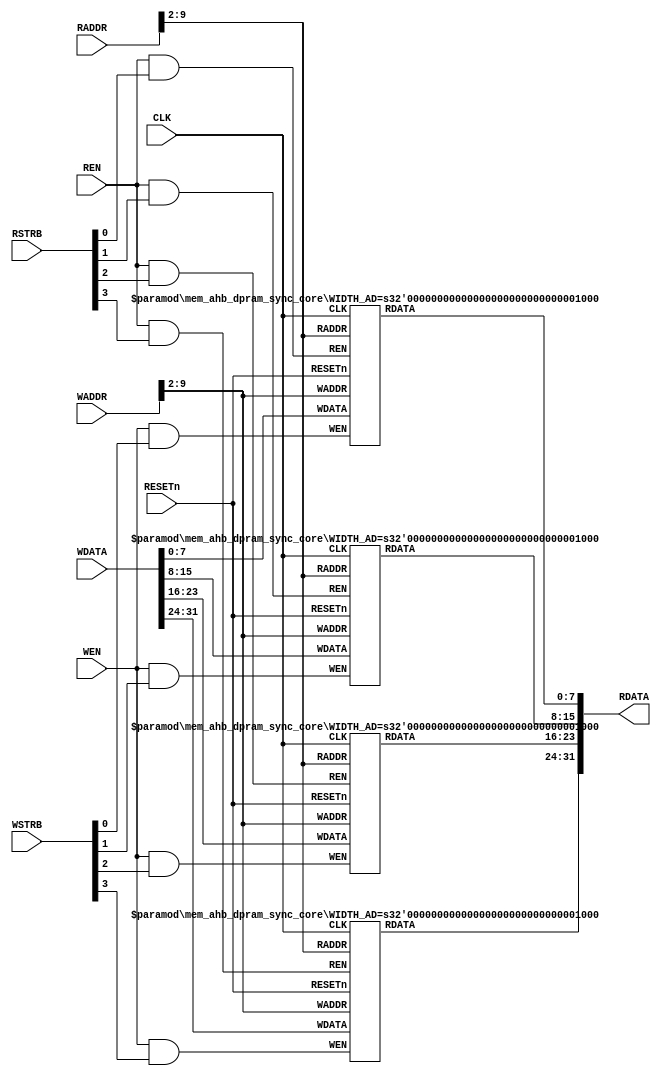
//--------------------------------------------------------
// Copyright (c) 2022 by Future Design Systems Inc.
// All right reserved.
//
// http://www.future-ds.com
//--------------------------------------------------------
// mem_ahb_dpram_sync.v
//--------------------------------------------------------
// VERSION = 2022.08.20.
//--------------------------------------------------------
// Simple Dual-Port RAM
//  - one port for write
//  - one port for read
//--------------------------------------------------------
// Macros and parameters:
//--------------------------------------------------------
// size of memory in byte: 1<<WIDTH_AD
// requires: 'WIDTH_DS' 8-bit BRAM of depth 1<<(ADDR_LENGTH-WIDTH_DSB)
//----------------------------------------------------------------

module mem_ahb_dpram_sync
     #(parameter WIDTH_AD =10 // width of address
               , WIDTH_DA =32 // width of a line in bytes
               , WIDTH_DS =(WIDTH_DA/8) // width of a line in bytes
               , WIDTH_DSB=$clog2(WIDTH_DS)
               )
(
        input  wire                RESETn
      , input  wire                CLK
      , input  wire [WIDTH_AD-1:0] WADDR
      , input  wire [WIDTH_DA-1:0] WDATA
      , input  wire [WIDTH_DS-1:0] WSTRB
      , input  wire                WEN
      , input  wire [WIDTH_AD-1:0] RADDR
      , output wire [WIDTH_DA-1:0] RDATA
      , input  wire [WIDTH_DS-1:0] RSTRB
      , input  wire                REN
);
    //----------------------------------------------------
    localparam DEPTH_BIT=(WIDTH_AD-WIDTH_DSB);
    localparam DEPTH=(1<<DEPTH_BIT);
    //----------------------------------------------------
    generate
    genvar bs;
    for (bs=0; bs<WIDTH_DS; bs=bs+1) begin: mem_core
        mem_ahb_dpram_sync_core #(.WIDTH_AD(WIDTH_AD-WIDTH_DSB))
        u_dpram_sync_core (
              .RESETn (RESETn             )
            , .CLK    (CLK                )
            , .WADDR  (WADDR[WIDTH_AD-1:WIDTH_DSB])
            , .WDATA  (WDATA[8*bs+7:8*bs] )
            , .WEN    (WEN&WSTRB[bs]      )
            , .RADDR  (RADDR[WIDTH_AD-1:WIDTH_DSB])
            , .RDATA  (RDATA[8*bs+7:8*bs] )
            , .REN    (REN&RSTRB[bs]      )
        );
    end
    endgenerate
endmodule
//----------------------------------------------------------------
module mem_ahb_dpram_sync_core #(parameter WIDTH_AD=8)
(
       input  wire                 RESETn
     , input  wire                 CLK
     , input  wire [WIDTH_AD-1:0]  WADDR
     , input  wire [7:0]           WDATA
     , input  wire                 WEN
     , input  wire [WIDTH_AD-1:0]  RADDR
     , output reg  [7:0]           RDATA=8'h0
     , input  wire                 REN
);
     //-----------------------------------------------------------
     localparam DEPTH = (1<<WIDTH_AD);
     //-----------------------------------------------------------
     (* ram_style = "block" *) reg [7:0] mem[0:DEPTH-1];
     //-----------------------------------------------------------
     always @ (posedge CLK ) begin
         if (WEN==1'b1) mem[WADDR] <= WDATA; // write case
         if (REN==1'b1) RDATA <= mem[RADDR]; // read case
     end
     //-----------------------------------------------------------
endmodule
//--------------------------------------------------------
// Revision History
//
// 2022.08.20: Updated to use Xilinx BRAM.
// 2013.02.03: Start by Ando Ki (adki@future-ds.com)
//--------------------------------------------------------